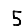
Digit: 5